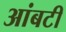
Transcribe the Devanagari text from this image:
आंबटी